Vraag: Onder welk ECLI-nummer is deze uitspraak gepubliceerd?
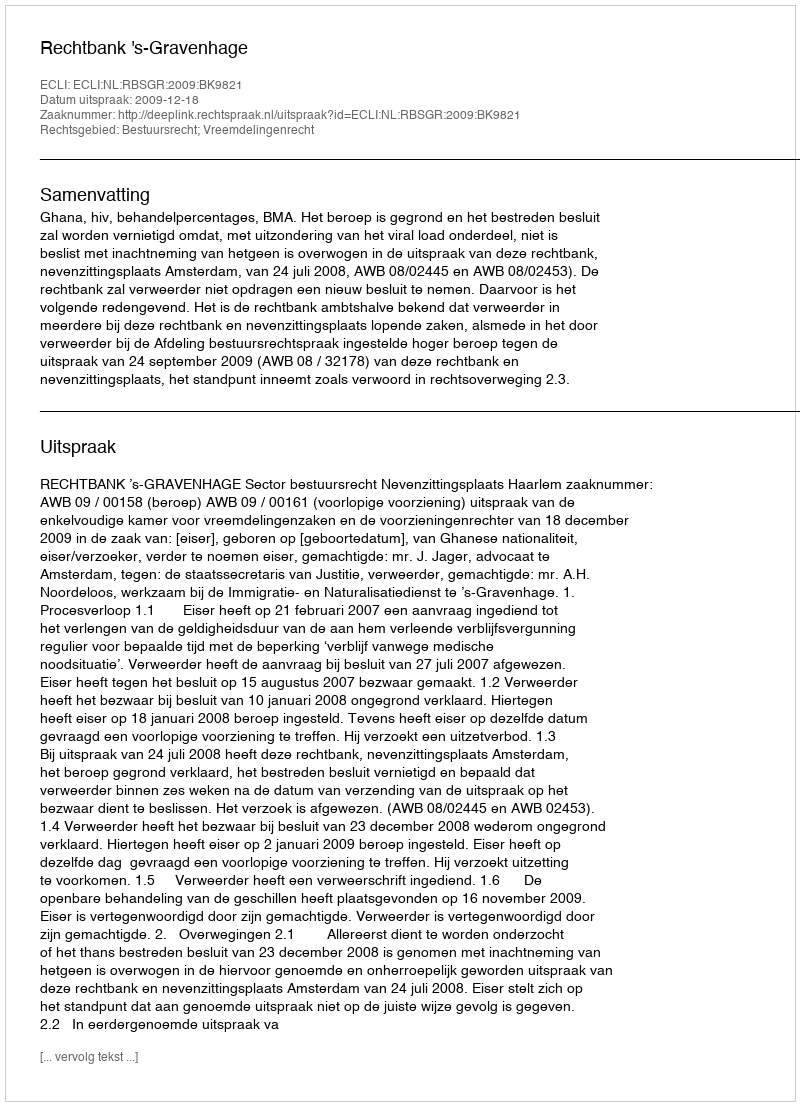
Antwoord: ECLI:NL:RBSGR:2009:BK9821